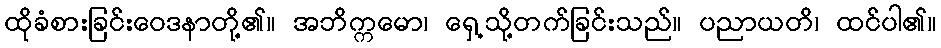
ထိုခံစားခြင်းဝေဒနာတို့၏။ အဘိက္ကမော၊ ရှေ့သို့တက်ခြင်းသည်။ ပညာယတိ၊ ထင်ပါ၏။